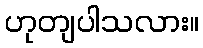
ဟုတျပါသလား။